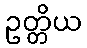
ဥတ္တိယ